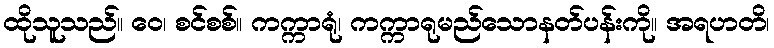
ထိုသူသည်။ ဝေ၊ စင်စစ်။ ကက္ကာရုံ၊ ကက္ကာရုမည်သောနတ်ပန်းကို။ အရဟတိ၊